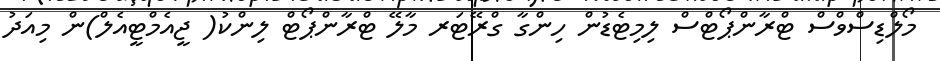
މޯލްޑިސްވްސް ޓްރާންޕޯޓްސް ލިމިޓެޑުން ހިންގާ ގްރޭޓަރ މާލޭ ޓްރާންޕޯޓް ލިންކު( ޖީއެމްޓީއެލް)ން މިއަދު